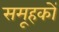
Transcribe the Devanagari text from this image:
समूहकों